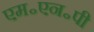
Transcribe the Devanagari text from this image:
एम॰एन॰पी